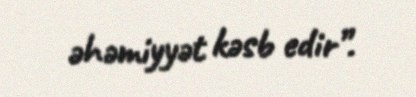
əhəmiyyət kəsb edir”.